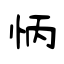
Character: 怲